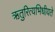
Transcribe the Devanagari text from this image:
ऋतुरित्यभिधीयते